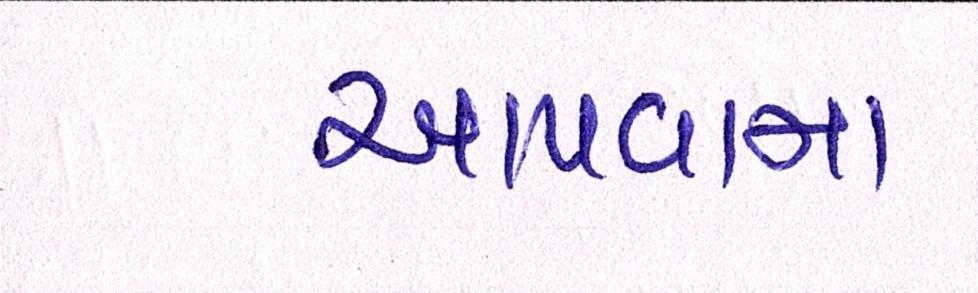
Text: આપવામા